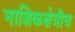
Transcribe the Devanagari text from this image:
नाशिकक्षेत्रीच